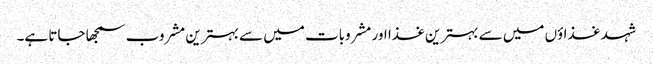
شہد غذاؤں میں سے بہترین غذا اور مشروبات میں سے بہترین مشروب سمجھا جاتا ہے۔